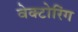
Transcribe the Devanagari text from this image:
वेक्टोरिंग